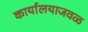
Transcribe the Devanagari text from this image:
कार्यालयाजवळ